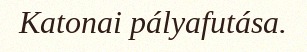
Katonai pályafutása.